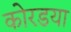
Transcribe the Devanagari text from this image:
कोरडया